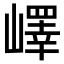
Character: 嶧